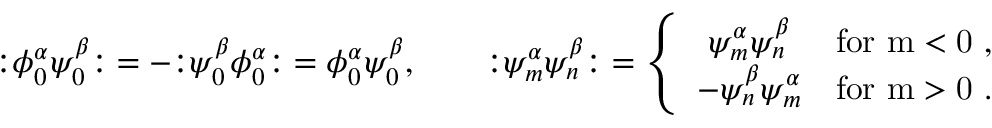
\mathopen : \phi _ { 0 } ^ { \alpha } \psi _ { 0 } ^ { \beta } \mathclose : = - \mathopen : \psi _ { 0 } ^ { \beta } \phi _ { 0 } ^ { \alpha } \mathclose : = \phi _ { 0 } ^ { \alpha } \psi _ { 0 } ^ { \beta } , \qquad \mathopen : \psi _ { m } ^ { \alpha } \psi _ { n } ^ { \beta } \mathclose : = \left\{ \begin{array} { c l } { { \psi _ { m } ^ { \alpha } \psi _ { n } ^ { \beta } } } & { { \mathrm { f o r ~ m < 0 ~ } , } } \\ { { - \psi _ { n } ^ { \beta } \psi _ { m } ^ { \alpha } } } & { { \mathrm { f o r ~ m > 0 ~ } . } } \end{array} \right.